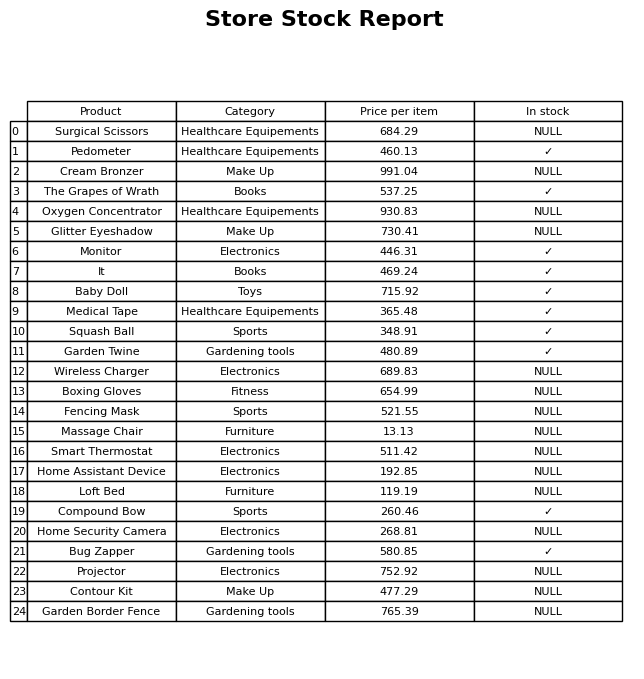
question: What is the price of the Fencing Mask?
answer: The price of Fencing Mask is 521.55.